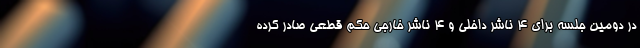
در دومین جلسه برای ۴ ناشر داخلی و ۴ ناشر خارجی حکم قطعی صادر کرده